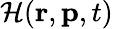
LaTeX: {\cal H}(\mathbf{r},\mathbf{p},t)